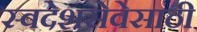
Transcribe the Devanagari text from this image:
स्वदेशसेवेसाठी